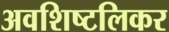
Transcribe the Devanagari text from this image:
अवशिष्टलिकर